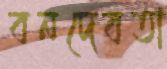
বনদেবতা